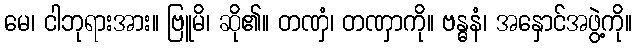
မေ၊ ငါဘုရားအား။ ဗြူမိ၊ ဆို၏။ တဏှံ၊ တဏှာကို။ ဗန္ဓနံ၊ အနှောင်အဖွဲ့ကို။